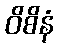
ဝိစိနံ